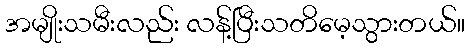
အမျိုးသမီးလည်း လန့်ပြီးသတိမေ့သွားတယ်။